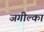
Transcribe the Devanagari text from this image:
जगील्का